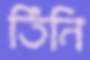
তিঁনি